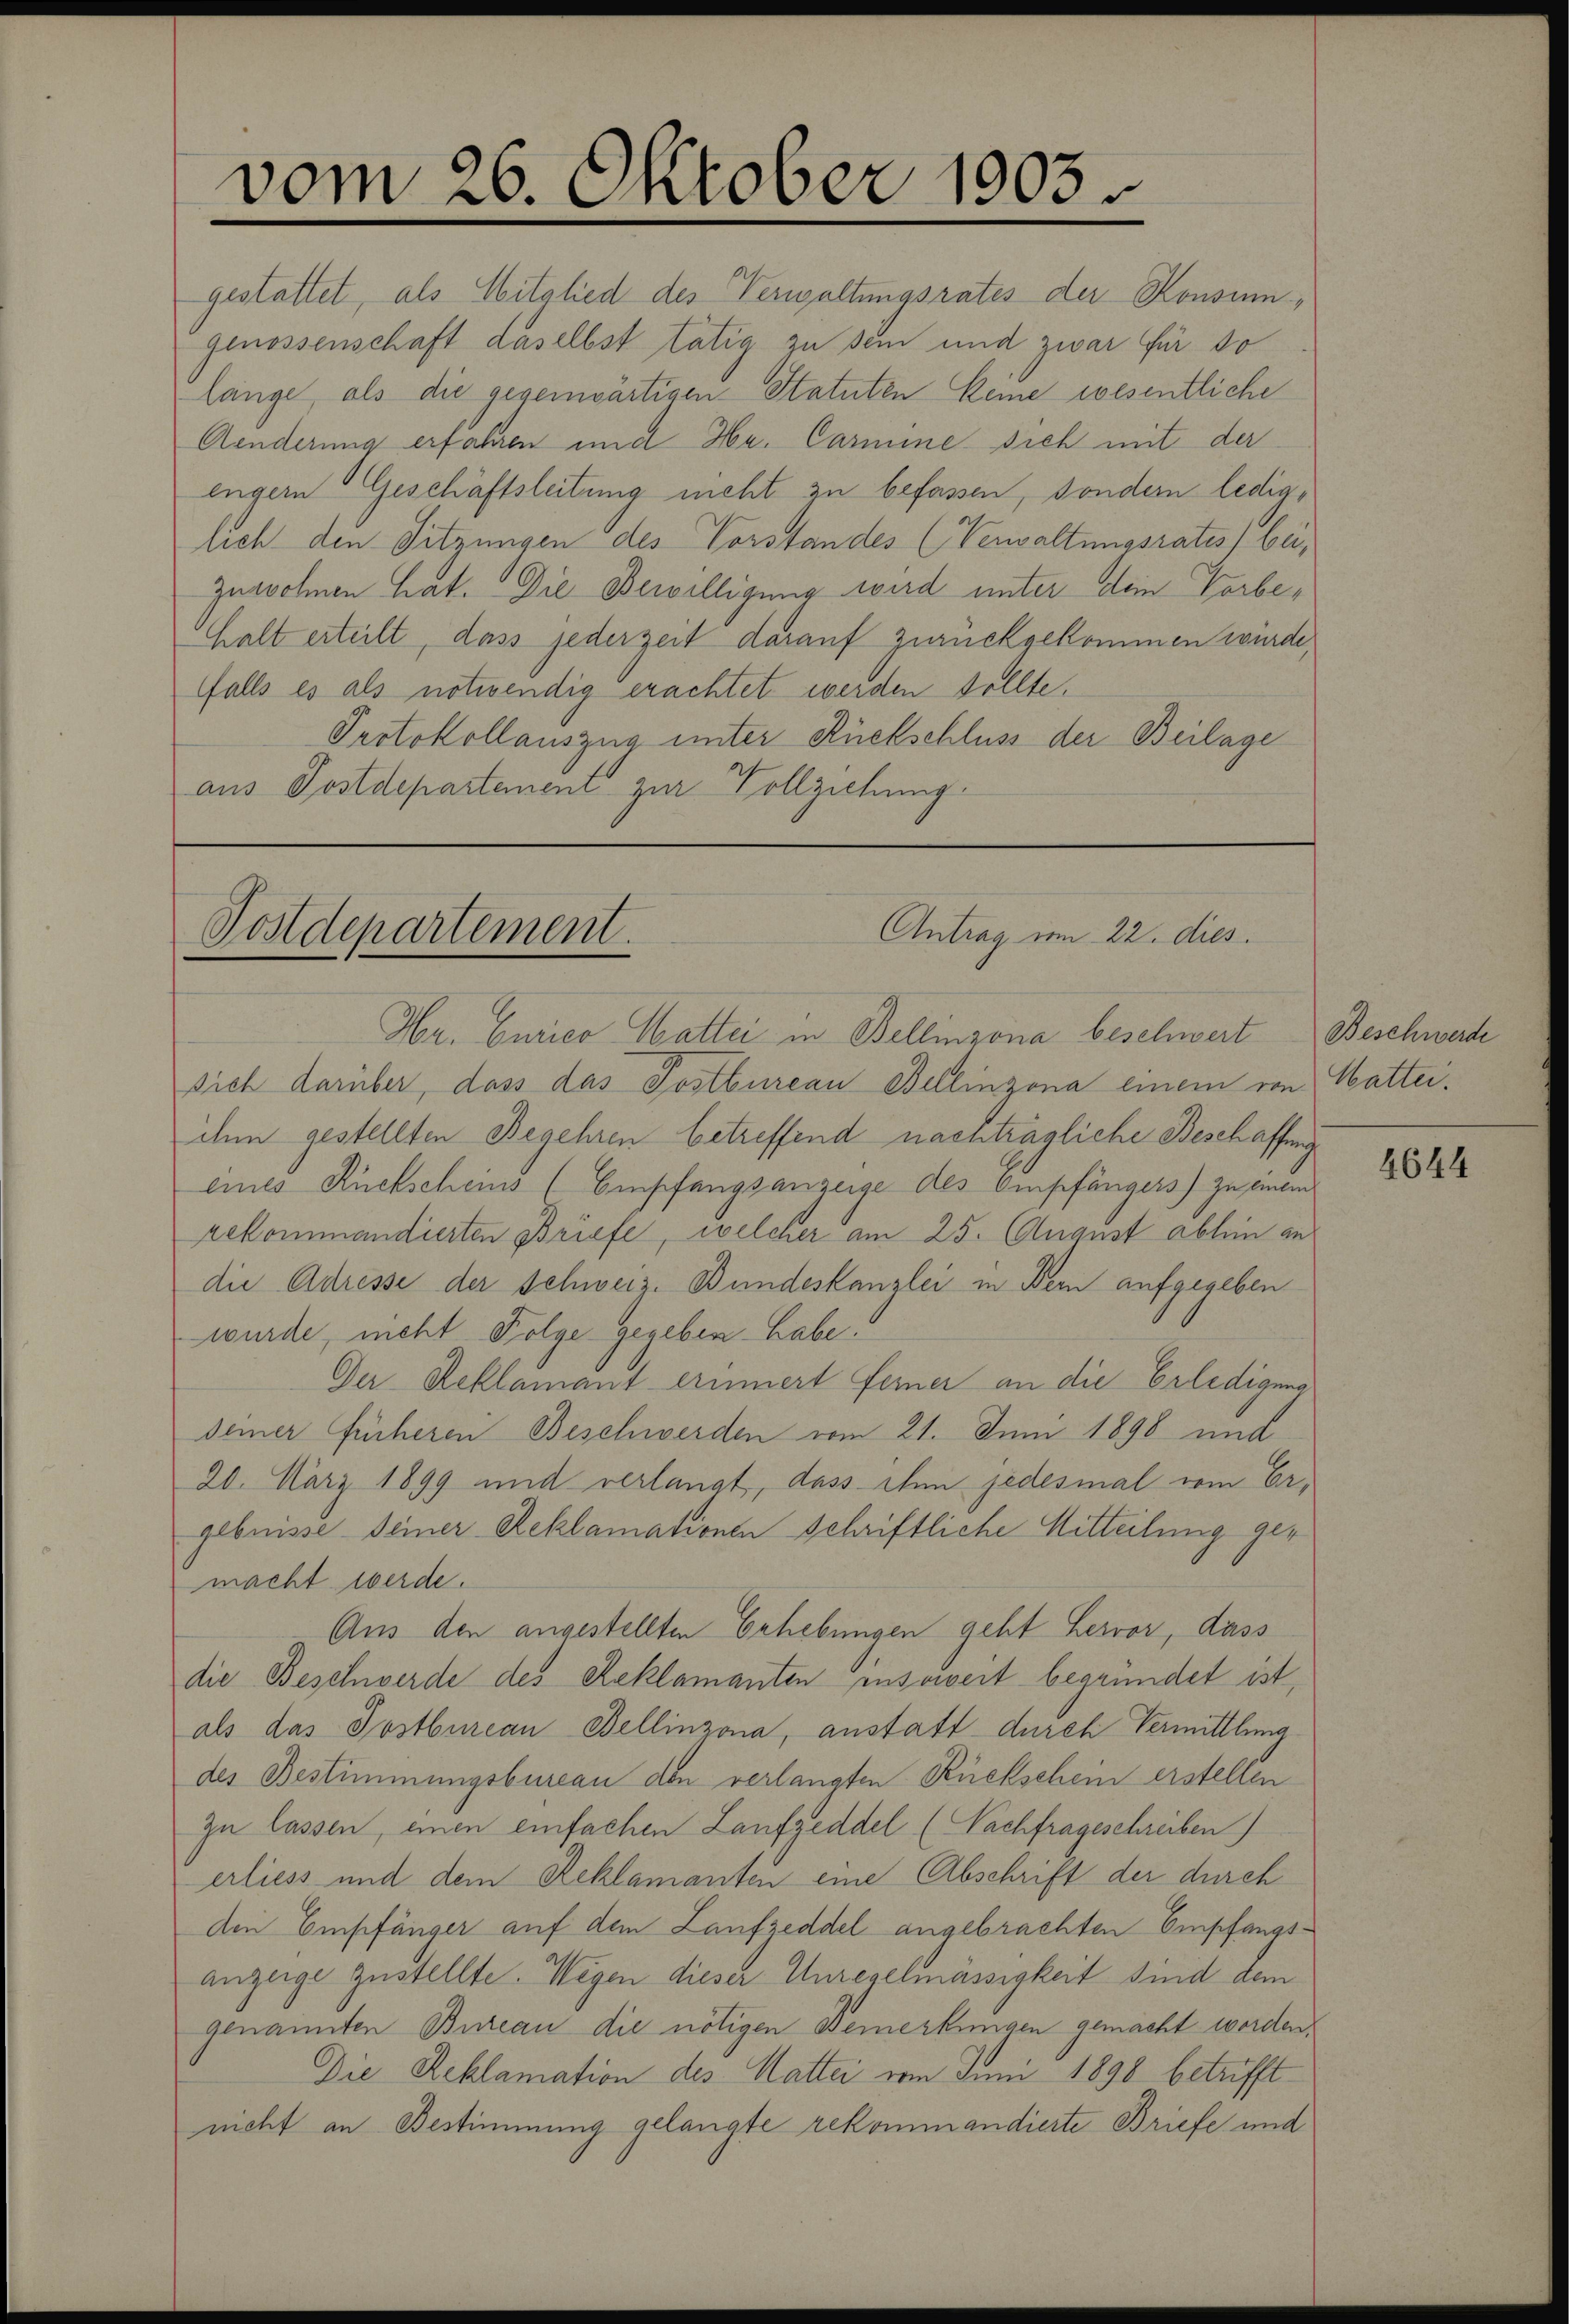
vom 26. Oktober 1903.

gestattet, als Mitglied des Verwaltungsrates der Konsumgenossenschaft daselbst tätig zu sein und zwar für 10
länge, als die gegenwärtigen Statuten keine wesentliche
Aenderung erfahren und Hr. Carmine sich mit der
engern Geschäftsleitung nicht zu befassen, sondern lediglich den Sitzungen des Vorstandes (Verwaltungsrates beizuwohnen hat. Die Bewilligung wird unter dein Vorbe¬
Chalt erteilt, dass jederzeit darauf zurückgekommen wurde,
ffalls es als notwendig erachtet werden sollte.
Protokollauszug unter Rückschluss der Beilage
aus Postdepartement zur Vollziehung.

Antrag vom 22. dies
Postdepartement.
Hr. Curico Mattei in Bellinzona beschwert Beschwerte

sich darüber, dass das Postbureau Bellinzona einem von Watteiihm gestellten Begehren betreffend nachträgliche Beschaffung
eines Rückscheins (Empfangsanzeige des Empfängers) zu einem
rekommandierten Briefe, welcher am 25. August ablein andie Adresse der Schweiz. Bundeskanzlei in Bern aufgegeben
wurde, nicht Folge gegeben habe!
Der Reklamant erinnert Ferner an die Erledigung
seiner Fücheren Beschwerden vom 21. Juni 1898 und
20. März 1899 und verlangt, dass ihn jedesmal vom Ergebnisse seiner Reklamationen schriftliche Mitteilung gemacht werde.
Aus den angestellten Erhebungen geht hervor, dass
die Beschwerde des Reklamanten insoweit begründet ist,
als das Postbureau Bellinzona, anstatt durch Vermittlung
des Bestimmungsbureau den verlangten Rückschein erstellen
zu lassen, einen einfachen Laufzeddel (Nachfrageschreiben)
erliess und dem Reklamanten eine Abschrift der durch
den Empfänger auf dem Laufzeddel angebrachten Empfangsanzeige zustellte. Wegen dieser Unregelmässigkeit sind dem
genannten Bureau die nötigen Bemerkungen gemacht worden,
Die Reklamation des Mattei vom Juni 1890 betrifft
nicht an Bestimmung gelangte rekommandierte Briefe und

4644